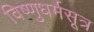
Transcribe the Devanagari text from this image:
विष्णुधर्मसूत्र